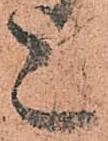
上